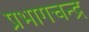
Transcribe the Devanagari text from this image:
प्रभागचन्द्र